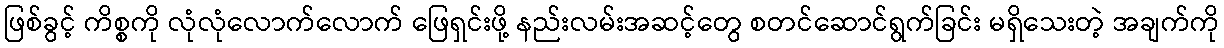
ဖြစ်ခွင့် ကိစ္စကို လုံလုံလောက်လောက် ဖြေရှင်းဖို့ နည်းလမ်းအဆင့်တွေ စတင်ဆောင်ရွက်ခြင်း မရှိသေးတဲ့ အချက်ကို